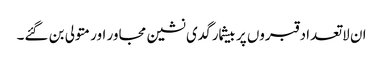
ان لاتعداد قبروں پر بیشمار گدی نشین مجاور اور متولی بن گئے۔